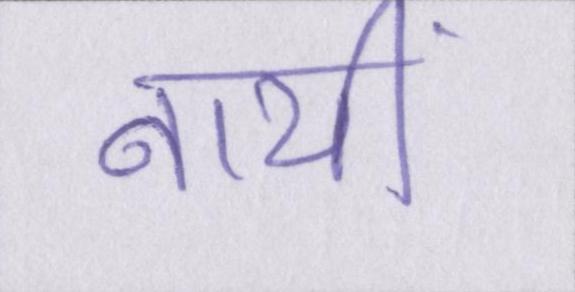
नायीं